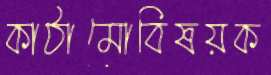
কাঠামোবিষয়ক